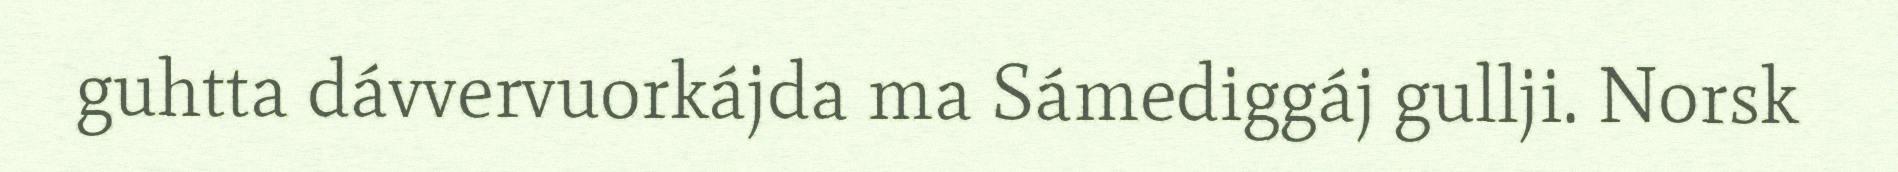
guhtta dávvervuorkájda ma Sámediggáj gullji. Norsk